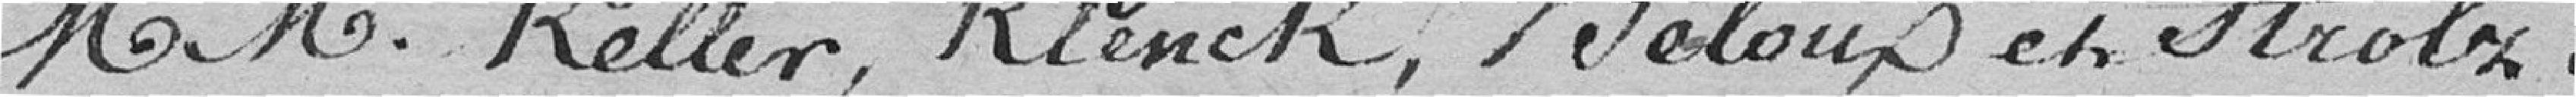
messieurs Keller, Klenck, Beloux et Strolz.